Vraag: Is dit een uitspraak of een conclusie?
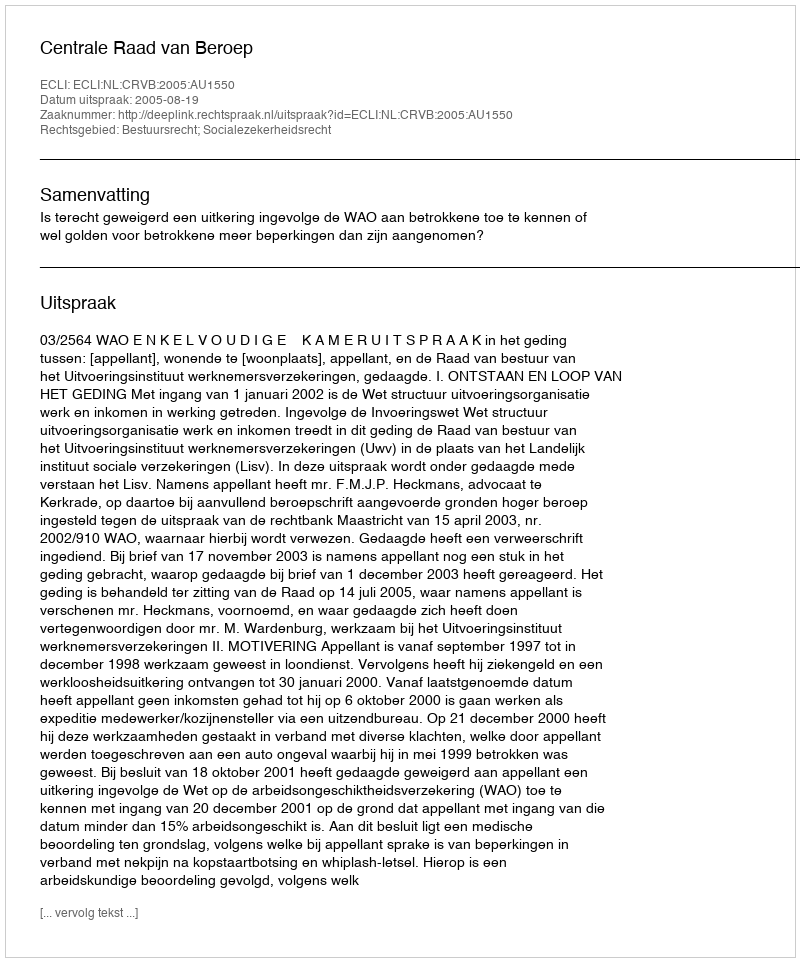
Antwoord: Uitspraak